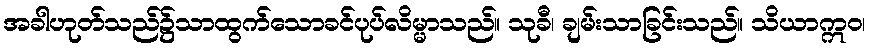
အခါဟုတ်သည်၌သာထွက်သောခင်ပုပ်လိမ္မာသည်။ သုခီ၊ ချမ်းသာခြင်းသည်။ သိယာဣဝ၊